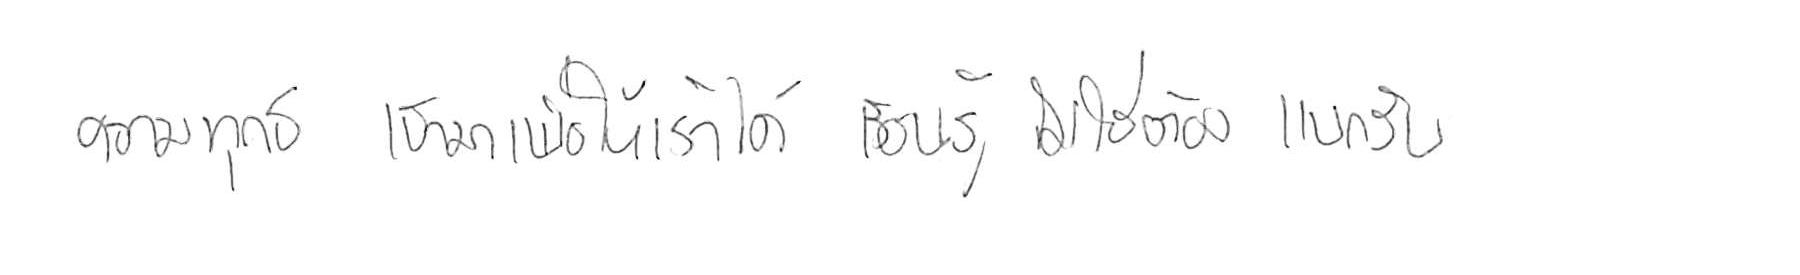
ความทุกข์ เข้ามาเพื่อให้เราได้ เรียนรู้ ไม่ใช่ต้อง แบกรับ